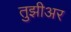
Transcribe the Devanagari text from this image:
तुझीअर